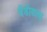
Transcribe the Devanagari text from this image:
बैंडीडास